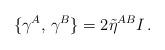
LaTeX: \begin{align*}\{ \gamma^{A},\, \gamma^{B} \} =2\tilde\eta^{A B}I\,.\end{align*}